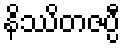
နိဿိတဇပ္ပီ